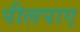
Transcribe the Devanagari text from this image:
पीलपाए